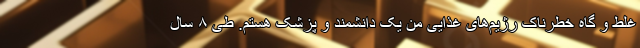
غلط و گاه خطرناکِ رژیم‌های غذایی من یک دانشمند و پزشک هستم. طی ۸ سال